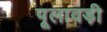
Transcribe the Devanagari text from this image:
पूलावड़ी